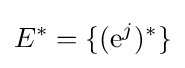
E^{*}=\{(\mathrm {e} ^{j})^{*}\}